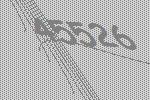
45526